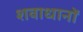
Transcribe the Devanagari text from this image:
शवाधानों